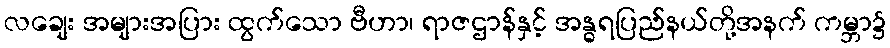
လချေး အများအပြား ထွက်သော ဗီဟာ၊ ရာဇဌာန်နှင့် အန္ဓရပြည်နယ်တို့အနက် ကမ္ဘာ၌